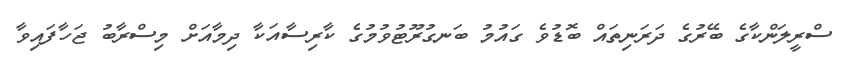
ސްރީލަންކާގެ ބޭރުގެ ދަރަނިތައް ބޮޑުވެ ގައުމު ބަނގުރޫޓުވުމުގެ ކާރިސާއަކާ ދިމާއަށް މިސްރާބު ޖަހާފައިވާ